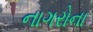
નાગરોના